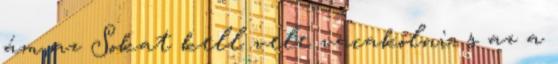
ám az Sokat kell vele vacakolni, s az a